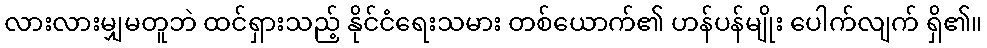
လားလားမျှမတူဘဲ ထင်ရှားသည့် နိုင်ငံရေးသမား တစ်ယောက်၏ ဟန်ပန်မျိုး ပေါက်လျက် ရှိ၏။